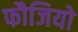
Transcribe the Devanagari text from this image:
फौजियो